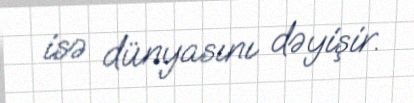
isə dünyasını dəyişir.